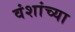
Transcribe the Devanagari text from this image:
वंशांच्या